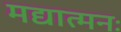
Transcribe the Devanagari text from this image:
मद्यात्मनः